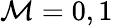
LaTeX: \mathcal{M}=0,1